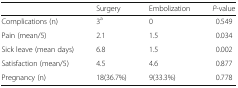
|  | Surgery | Embolization | P-value |
 | --- | --- | --- | --- |
 | Complications (n) | 3a | 0 | 0.549 |
 | Pain (mean/5) | 2.1 | 1.5 | 0.034 |
 | Sick leave (mean days) | 6.8 | 1.5 | 0.002 |
 | Satisfaction (mean/5) | 4.5 | 4.6 | 0.877 |
 | Pregnancy (n) | 18(36.7%) | 9(33.3%) | 0.778 |